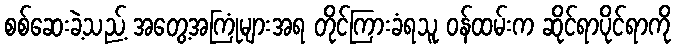
စစ်ဆေးခဲ့သည့် အတွေ့အကြုံများအရ တိုင်ကြားခံရသူ ဝန်ထမ်းက ဆိုင်ရာပိုင်ရာကို